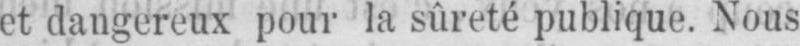
et dangereux pour la sûreté publique. Nous